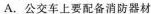
A.公交车上要配备消防器材